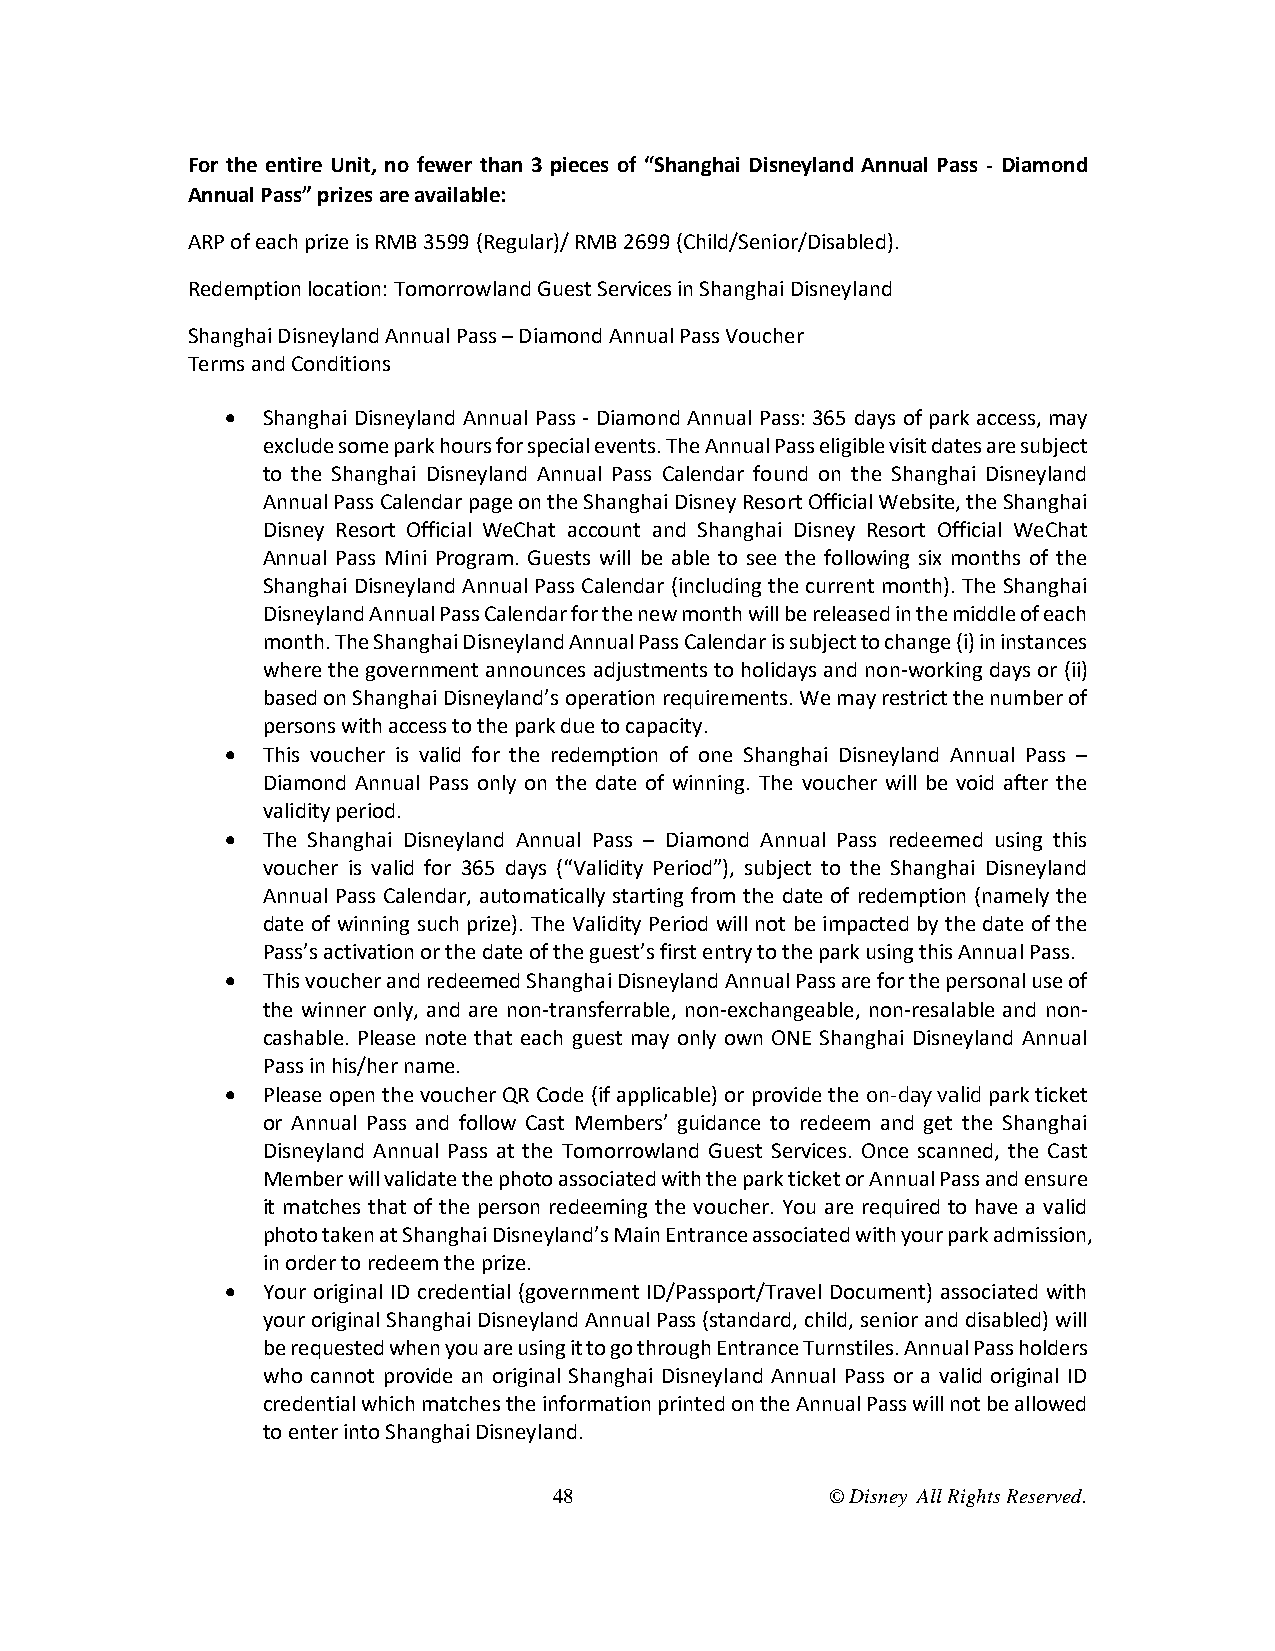
For the entire Unit, no fewer than 3 pieces of “Shanghai Disneyland Annual Pass - Diamond
 Annual Pass” prizes are available:
 ARP of each prize is RMB 3599 (Regular)/ RMB 2699 (Child/Senior/Disabled).
 Redemption location: Tomorrowland Guest Services in Shanghai Disneyland
 Shanghai Disneyland Annual Pass – Diamond Annual Pass Voucher
 Terms and Conditions
  Shanghai Disneyland Annual Pass - Diamond Annual Pass: 365 days of park access, may
 exclude some park hours for special events. The Annual Pass eligible visit dates are subject
 to the Shanghai Disneyland Annual Pass Calendar found on the Shanghai Disneyland
 Annual Pass Calendar page on the Shanghai Disney Resort Official Website, the Shanghai
 Disney Resort Official WeChat account and Shanghai Disney Resort Official WeChat
 Annual Pass Mini Program. Guests will be able to see the following six months of the
 Shanghai Disneyland Annual Pass Calendar (including the current month). The Shanghai
 Disneyland Annual Pass Calendar for the new month will be released in the middle of each
 month. The Shanghai Disneyland Annual Pass Calendar is subject to change (i) in instances
 where the government announces adjustments to holidays and non-working days or (ii)
 based on Shanghai Disneyland’s operation requirements. We may restrict the number of
 persons with access to the park due to capacity.
  This voucher is valid for the redemption of one Shanghai Disneyland Annual Pass –
 Diamond Annual Pass only on the date of winning. The voucher will be void after the
 validity period.
  The Shanghai Disneyland Annual Pass – Diamond Annual Pass redeemed using this
 voucher is valid for 365 days (“Validity Period”), subject to the Shanghai Disneyland
 Annual Pass Calendar, automatically starting from the date of redemption (namely the
 date of winning such prize). The Validity Period will not be impacted by the date of the
 Pass’s activation or the date of the guest’s first entry to the park using this Annual Pass.
  This voucher and redeemed Shanghai Disneyland Annual Pass are for the personal use of
 the winner only, and are non-transferrable, non-exchangeable, non-resalable and non-
 cashable. Please note that each guest may only own ONE Shanghai Disneyland Annual
 Pass in his/her name.
  Please open the voucher QR Code (if applicable) or provide the on-day valid park ticket
 or Annual Pass and follow Cast Members’ guidance to redeem and get the Shanghai
 Disneyland Annual Pass at the Tomorrowland Guest Services. Once scanned, the Cast
 Member will validate the photo associated with the park ticket or Annual Pass and ensure
 it matches that of the person redeeming the voucher. You are required to have a valid
 photo taken at Shanghai Disneyland’s Main Entrance associated with your park admission,
 in order to redeem the prize.
  Your original ID credential (government ID/Passport/Travel Document) associated with
 your original Shanghai Disneyland Annual Pass (standard, child, senior and disabled) will
 be requested when you are using it to go through Entrance Turnstiles. Annual Pass holders
 who cannot provide an original Shanghai Disneyland Annual Pass or a valid original ID
 credential which matches the information printed on the Annual Pass will not be allowed
 to enter into Shanghai Disneyland.
 48                © Disney All Rights Reserved.